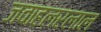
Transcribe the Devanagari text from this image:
जवाहलरलाल